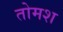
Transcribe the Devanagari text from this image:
तोमश